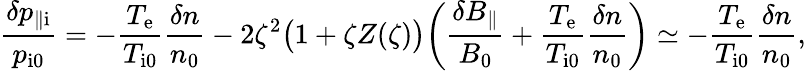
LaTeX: \frac{\delta p_{\parallel\mathrm{i}}}{p_{\mathrm{i0}}}=-\frac{T_{\mathrm{e}}}{T_{\mathrm{i0}}}\frac{\delta n}{n_{0}}-2\zeta^{2}\bigl(1+\zeta Z(\zeta)\bigr)\biggl(\frac{\delta B_{\parallel}}{B_{0}}+\frac{T_{\mathrm{e}}}{T_{\mathrm{i0}}}\frac{\delta n}{n_{0}}\biggr)\simeq-\frac{T_{\mathrm{e}}}{T_{\mathrm{i0}}}\frac{\delta n}{n_{0}},